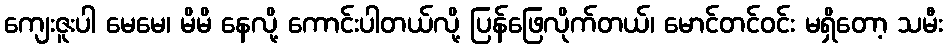
ကျေးဇူးပါ မေမေ၊ မိမိ နေလို့ ကောင်းပါတယ်လို့ ပြန်ဖြေလိုက်တယ်၊ မောင်တင်ဝင်း မရှိတော့ သမီး